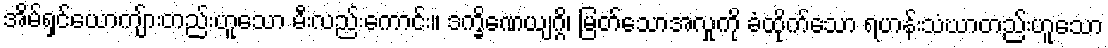
အိမ်ရှင်ယောကျ်ားတည်းဟူသော မီးလည်းကောင်း။ ဒက္ခိဏေယျဂ္ဂိ၊ မြတ်သောအလှုကို ခံထိုက်သော ရဟန်းသံဃာတည်းဟူသော